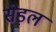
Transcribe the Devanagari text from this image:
सेड़ल